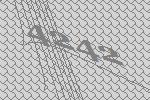
4242